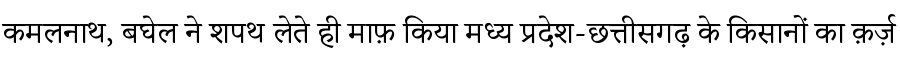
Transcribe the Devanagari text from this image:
कमलनाथ, बघेल ने शपथ लेते ही माफ़ किया मध्य प्रदेश-छत्तीसगढ़ के किसानों का क़र्ज़